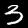
Digit: 3